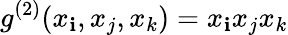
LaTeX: {g}^{(2)}(x_{\mathbf{i}},x_{j},x_{k})=x_{\mathbf{i}}x_{j}x_{k}